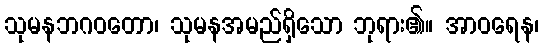
သုမနဘဂဝတော၊ သုမနအမည်ရှိသော ဘုရား၏။ အာဝရေန၊